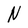
Character: N